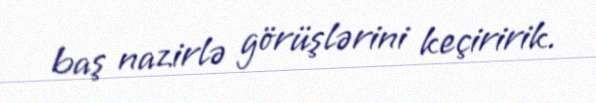
baş nazirlə görüşlərini keçiririk.